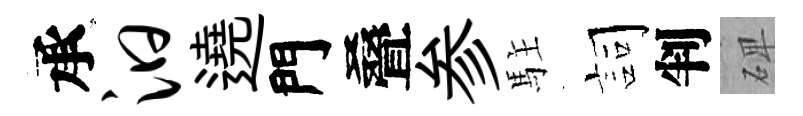
承汩遶門叠参駐詞判𥓓